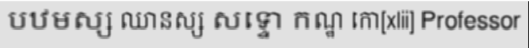
បឋមស្ស ឈានស្ស សទ្ទោ កណ្ឋ កោ[xlii] Professor